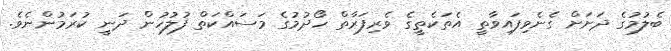
ބެލުމުގެ ދަށަށް ގެނެވިފައިވާތީ އެތަކެތީގެ ވެރިފަރާތް ހޯދުމުގެ މަސައްކަތް ފުލުހުން ދަނީ ކުރަމުންނެވެ.